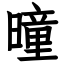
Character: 曈